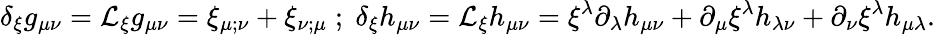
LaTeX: \delta_{\xi}g_{\mu\nu}={\cal L}_{\xi}g_{\mu\nu}=\xi_{\mu;\nu}+\xi_{\nu;\mu}\; ;\; \delta_{\xi}h_{\mu\nu}={\cal L}_{\xi}h_{\mu\nu}=\xi^{\lambda}\partial_{\lambda}h_{\mu\nu}+\partial_{\mu}\xi^{\lambda}h_{\lambda\nu}+\partial_{\nu}\xi^{\lambda}h_{\mu\lambda}.